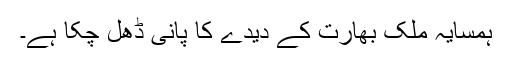
ہمسایہ ملک بھارت کے دیدے کا پانی ڈھل چکا ہے۔